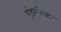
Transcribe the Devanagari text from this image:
एंडरलेच्ट